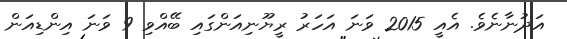
އަދުނާނެވެ. އެއީ 2015 ވަނަ އަހަރު ރީޔޫނިއަންގައި ބޭއްވި 9 ވަނަ އިންޑިއަން